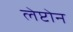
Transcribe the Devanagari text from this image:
लेप्टोन